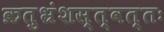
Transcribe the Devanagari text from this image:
क्रतुभ्रंशस्त्वत्तः